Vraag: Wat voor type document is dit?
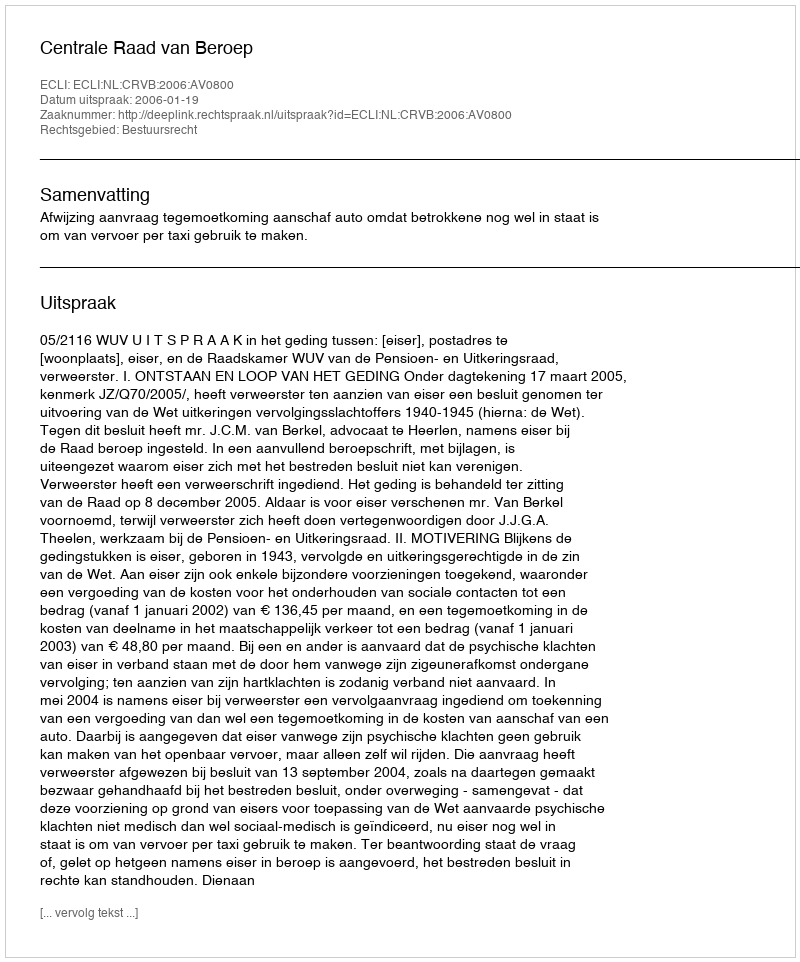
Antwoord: Uitspraak